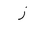
Letter: _zay